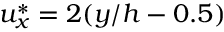
u _ { x } ^ { \ast } = 2 ( y / h - 0 . 5 )